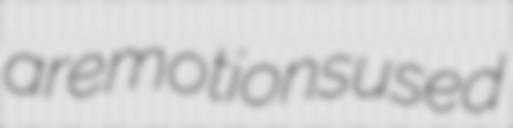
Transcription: are motions used